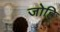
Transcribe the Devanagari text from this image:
जोह्रि